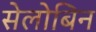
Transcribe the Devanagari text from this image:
सेलोबिन